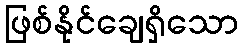
ဖြစ်နိုင်ချေရှိသော